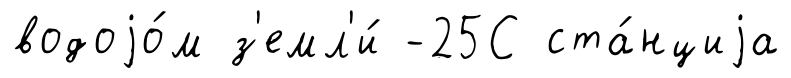
водоjо́м з'емл'и́ -25С ста́нциjа